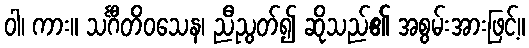
ဝါ၊ ကား။ သင်္ဂီတိဝသေန၊ ညီညွတ်၍ ဆိုသည်၏ အစွမ်းအားဖြင့်။